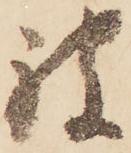
被